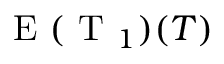
\mathrm { ~ E ~ } ( \mathrm { ~ T ~ } _ { 1 } ) ( T )